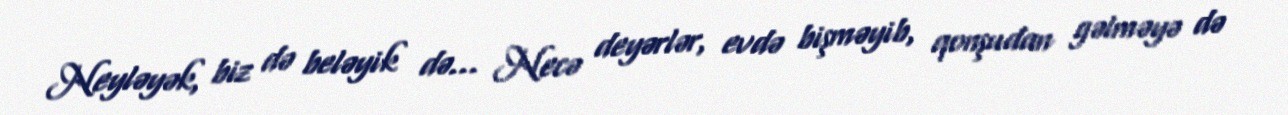
Neyləyək, biz də beləyik də... Necə deyərlər, evdə bişməyib, qonşudan gəlməyə də